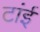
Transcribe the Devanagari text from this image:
टांई